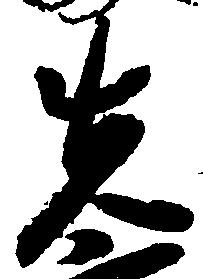
先